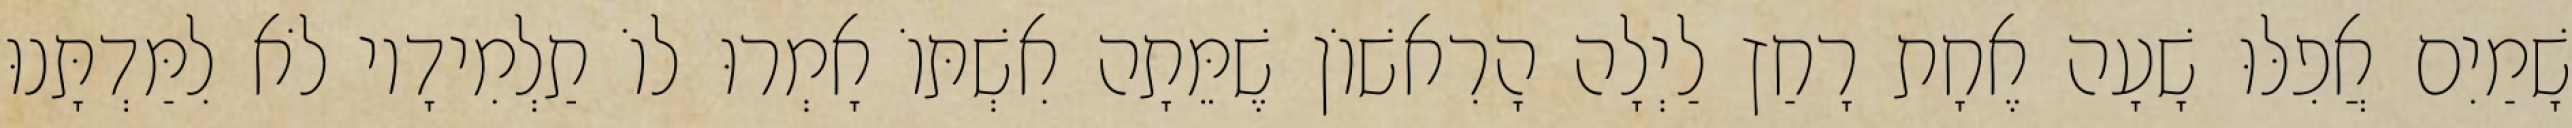
שָׁמַיִם אֲפִלּוּ שָׁעָה אֶחָת רָחַץ לַיְלָה הָרִאשׁוֹן שֶׁמֵּתָה אִשְׁתּוֹ אָמְרוּ לוֹ תַלְמִידָיו לֹא לִמַּדְתָּנוּ